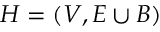
H = ( V , E \cup B )